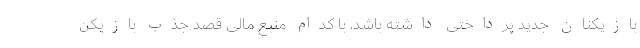
بازیکنان جدید پرداختی داشته باشد، با کدام منبع مالی قصد جذب بازیکن